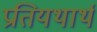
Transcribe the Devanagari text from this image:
प्रतियथार्थ